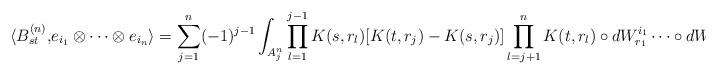
LaTeX: \begin{align*} \langle B^{(n)}_{st}, & e_{i_1} \otimes \dots \otimes e_{i_n} \rangle = \sum_{j=1}^n (-1)^{j-1} \int_{A^n_j} \prod_{l=1}^{j-1} K(s,r_l) [ K(t,r_j) - K(s,r_j)] \prod_{l=j+1}^n K(t,r_l) \circ dW^{i_1}_{r_1} \dots \circ dW^{i_n}_{r_n} \\\end{align*}